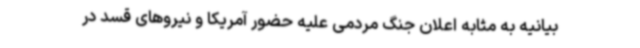
بیانیه به مثابه اعلان جنگ مردمی علیه حضور آمریکا و نیروهای قسد در